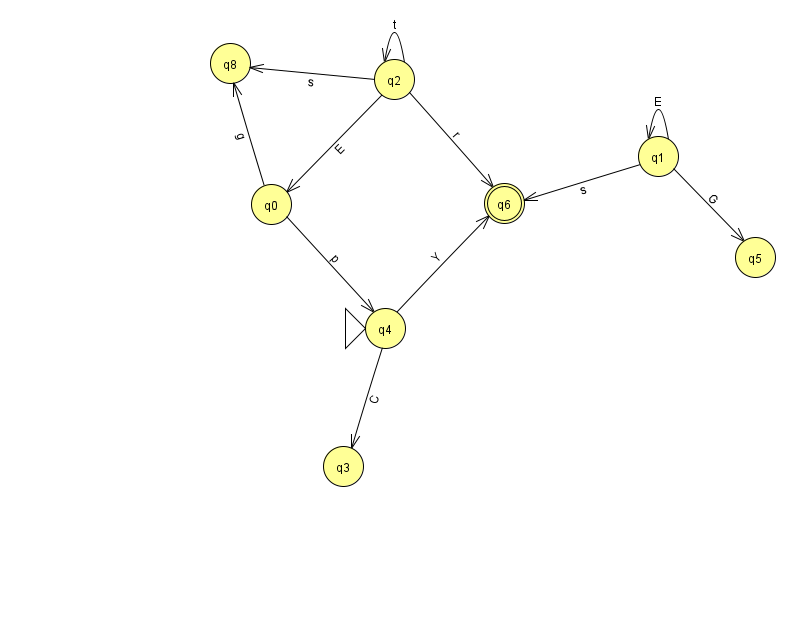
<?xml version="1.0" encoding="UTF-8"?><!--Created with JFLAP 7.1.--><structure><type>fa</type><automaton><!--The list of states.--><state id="0" name="q0"><x>271.0</x><y>191.0</y></state><state id="1" name="q1"><x>658.0</x><y>143.0</y></state><state id="2" name="q2"><x>394.0</x><y>66.0</y></state><state id="3" name="q3"><x>343.0</x><y>453.0</y></state><state id="4" name="q4"><x>385.0</x><y>315.0</y><initial/></state><state id="5" name="q5"><x>755.0</x><y>244.0</y></state><state id="6" name="q6"><x>504.0</x><y>190.0</y><final/></state><state id="8" name="q8"><x>230.0</x><y>50.0</y></state><!--The list of transitions.--><transition><from>0</from><to>8</to><read>g</read></transition><transition><from>2</from><to>2</to><read>t</read></transition><transition><from>1</from><to>1</to><read>E</read></transition><transition><from>1</from><to>5</to><read>G</read></transition><transition><from>1</from><to>6</to><read>s</read></transition><transition><from>2</from><to>8</to><read>s</read></transition><transition><from>4</from><to>3</to><read>C</read></transition><transition><from>2</from><to>0</to><read>E</read></transition><transition><from>0</from><to>4</to><read>p</read></transition><transition><from>4</from><to>6</to><read>Y</read></transition><transition><from>2</from><to>6</to><read>r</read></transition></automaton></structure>